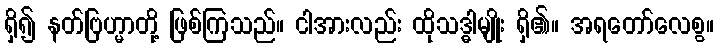
ရှိ၍ နတ်ဗြဟ္မာတို့ ဖြစ်ကြသည်။ ငါအားလည်း ထိုသဒ္ဓါမျိုး ရှိ၏။ အရတော်လေစွ။